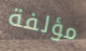
مؤلفة